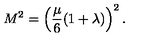
M ^ { 2 } = \left( { \frac { \mu } { 6 } } ( 1 + \lambda ) \right) ^ { 2 } .